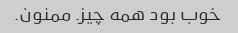
خوب بود همه چیز. ممنون.